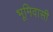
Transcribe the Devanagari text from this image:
भूमिवासी